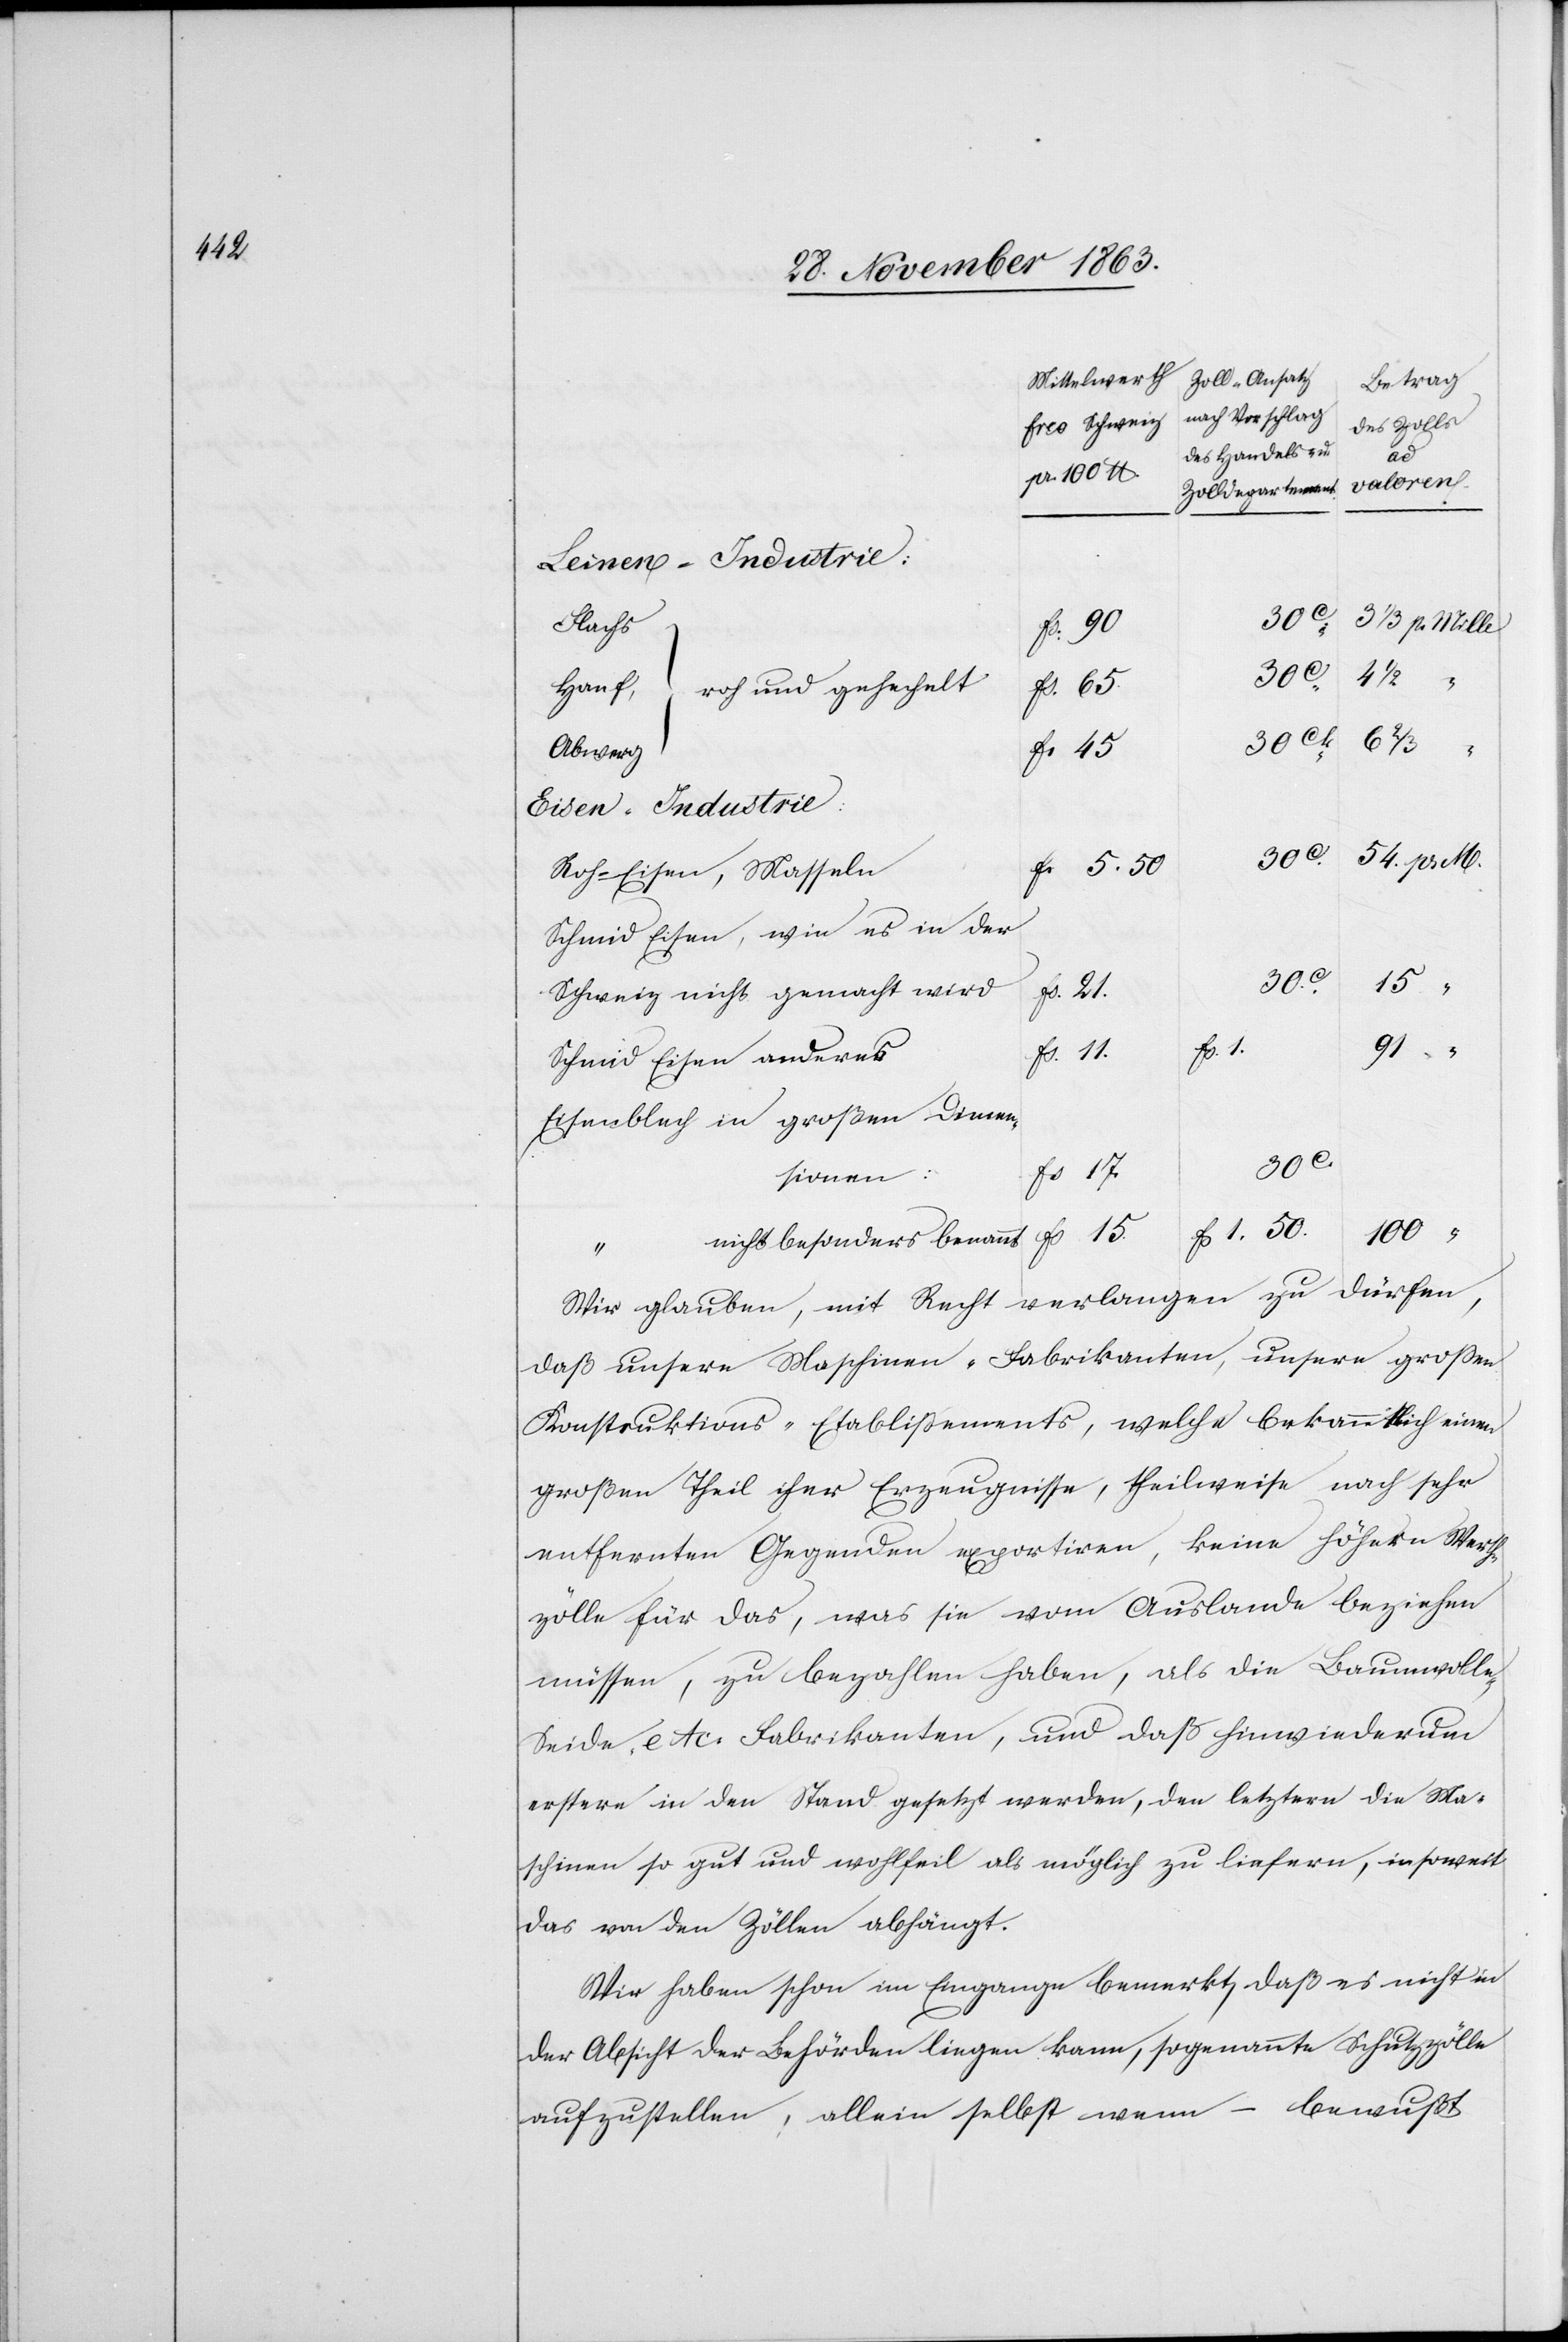
ders
Leinen-Industrie:
30c
3 1/3 p. Mille
Flachs
4 1/2
roh und gehechelt
fs. 65
Hanf
beson¬
“
Abwerg
fs 15.
f. 5. 50
Roh-Eisen, Masseln
Schmid Eisen, wie es in der
50.
15
pr. M.
Schweiz nicht gemacht wird
fs. 1.
91 “
fs. 11.
Schmid Eisen anderes
Eisenblech in großen Dimen¬
fs 1.
sionen
100
“
Wir glauben, mit Recht verlangen zu dürfen,
daß unsere Maschinen-Fabrikanten, unsere grossen
Konstruktions-Etablissements, welche bekanntlich einen
großen Theil ihrer Erzeugnisse, theilweise nach sehr
entfernten Gegenden exportiren, keine höhern Werth¬
zölle für das, was sie vom Auslande beziehen
müssen, zu bezahlen haben, als die Baumwolle-,
Seide- etc. Fabrikanten, und daß hinwiederum
erstere in den Stand gesetzt werden, den letztern die Ma¬
schinen so gut und wohlfeil als möglich zu liefern, insoweit
das von den Zöllen abhängt.
Wir haben schon im Eingange bemerkt, daß es nicht in
der Absicht der Behörden liegen kann, sogenannte Schutzzölle
aufzustellen, allein selbst wenn – bewußt